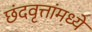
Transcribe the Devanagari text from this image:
छंदवृत्तांमध्ये